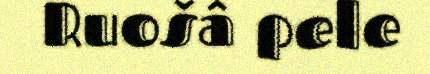
Ruošâ pele